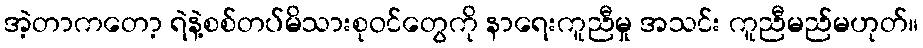
အဲ့တာကတော့ ရဲနဲ့စစ်တပ်မိသားစုဝင်တွေကို နာရေးကူညီမှု အသင်း ကူညီမည်မဟုတ်။